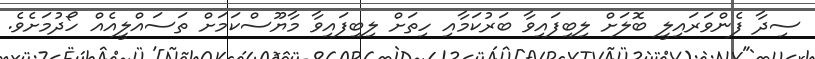
ސިދާ ފެންވަރައިލީ ބޮލަށް ލިބިފައިވާ ބަރުކަމާއި ހިތަށް ލިބިފައިވާ މާޔޫސްކަމަށް ތަސައްލީއެއް ހޯދުމަށެވެ.